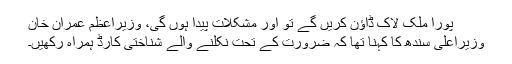
پورا ملک لاک ڈاؤن کریں گے تو اور مشکلات پیدا ہوں گی، وزیراعظم عمران خان
وزیراعلیٰ سندھ کا کہنا تھا کہ ضرورت کے تحت نکلنے والے شناختی کارڈ ہمراہ رکھیں۔